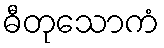
ဓီတုသောကံ